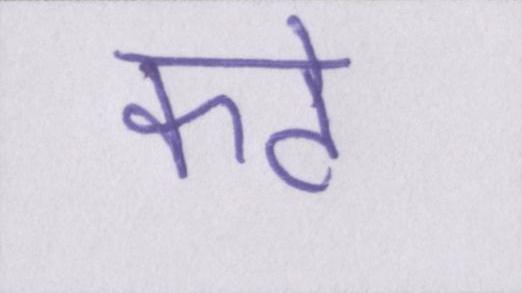
कटे